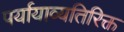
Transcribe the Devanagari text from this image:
पर्यायाव्यतिरिक्त